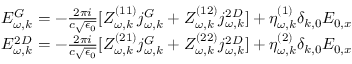
\begin{array} { r } { E _ { \omega , k } ^ { G } = - \frac { 2 \pi i } { c \sqrt { \epsilon _ { 0 } } } [ Z _ { \omega , k } ^ { ( 1 1 ) } j _ { \omega , k } ^ { G } + Z _ { \omega , k } ^ { ( 1 2 ) } j _ { \omega , k } ^ { 2 D } ] + \eta _ { \omega , k } ^ { ( 1 ) } \delta _ { k , 0 } E _ { 0 , x } } \\ { E _ { \omega , k } ^ { 2 D } = - \frac { 2 \pi i } { c \sqrt { \epsilon _ { 0 } } } [ Z _ { \omega , k } ^ { ( 2 1 ) } j _ { \omega , k } ^ { G } + Z _ { \omega , k } ^ { ( 2 2 ) } j _ { \omega , k } ^ { 2 D } ] + \eta _ { \omega , k } ^ { ( 2 ) } \delta _ { k , 0 } E _ { 0 , x } } \end{array}